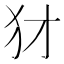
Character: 犲